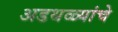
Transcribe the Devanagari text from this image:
अडथळ्यांचे